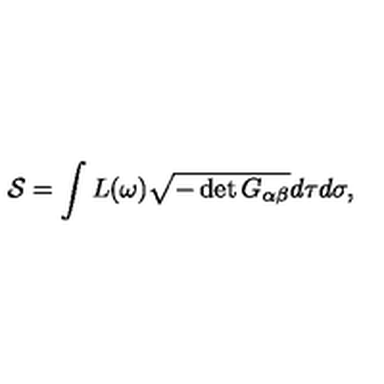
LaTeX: { \cal S } = \int L ( \omega ) \sqrt { - \det G _ { \alpha \beta } } d \tau d \sigma ,